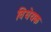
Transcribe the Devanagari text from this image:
विधेयक